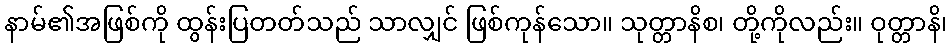
နာမ်၏အဖြစ်ကို ထွန်းပြတတ်သည် သာလျှင် ဖြစ်ကုန်သော။ သုတ္တာနိစ၊ တို့ကိုလည်း။ ဝုတ္တာနိ၊